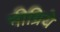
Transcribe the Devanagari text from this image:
नीग्रिये